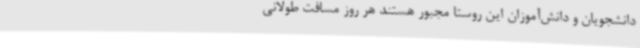
دانشجویان و دانش‌آموزان این روستا مجبور هستند هر روز مسافت طولانی